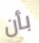
بأن